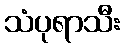
သံပုရာသီး